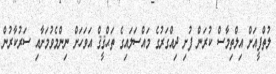
ލުތްފީއަށް އިލްތިމާސް ކުރަން ފުށި ދިއްގަރުގެ މައްސަލައިގެ ތަޙްޤީޤް އަވަހަށް ނިންމެވުމަށާއި ސަރުކާރުން